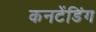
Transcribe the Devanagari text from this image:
कनटेंडिंग